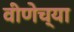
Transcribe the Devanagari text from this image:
वीणेच्या